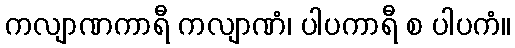
ကလျာဏကာရီ ကလျာဏံ၊ ပါပကာရီ စ ပါပကံ။